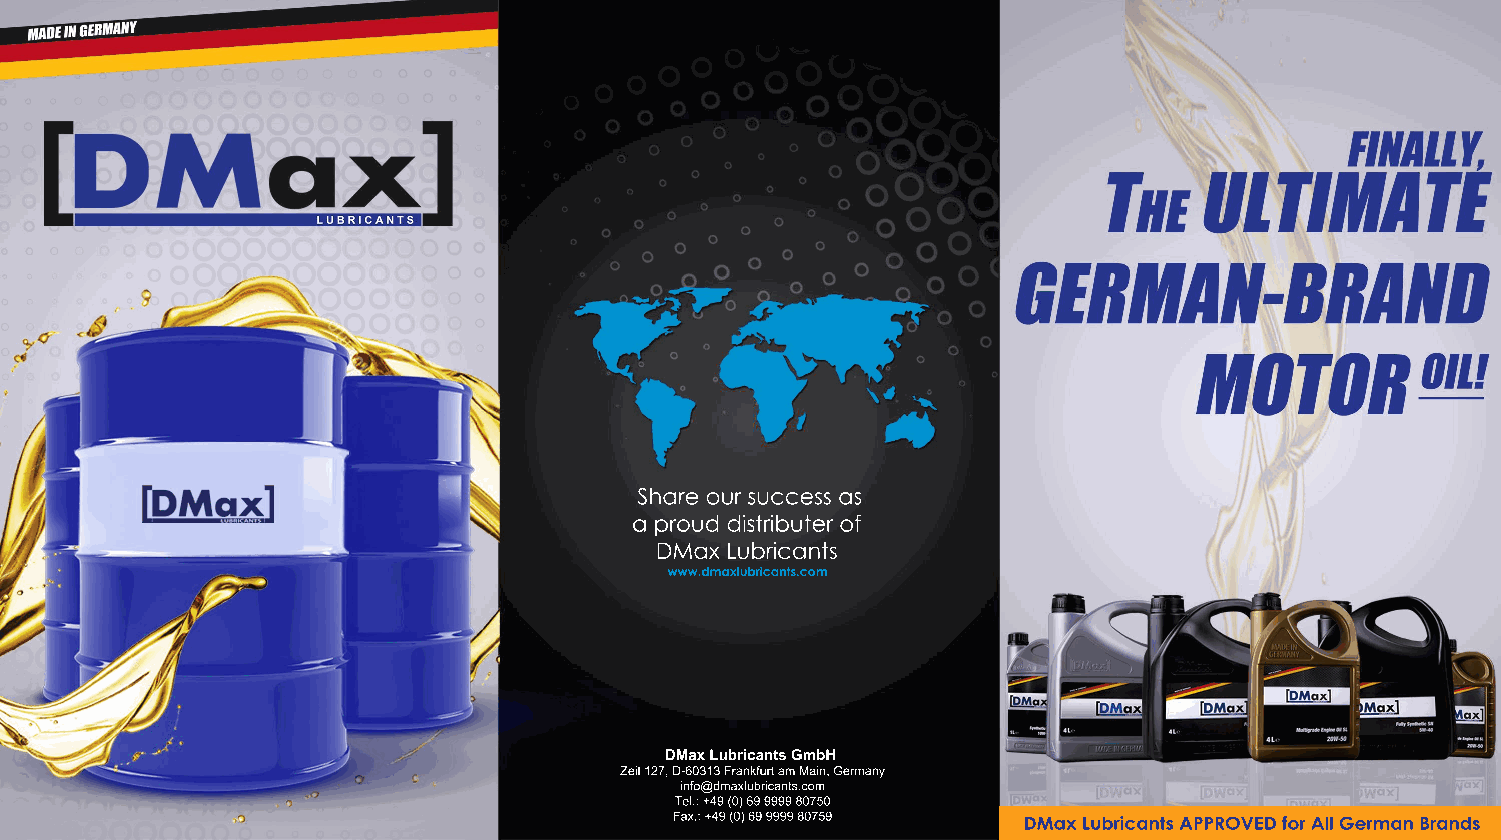
Share our success as
 a proud distributer of
 DMax Lubricants
 www.dmaxlubricants.com
 DMax Lubricants GmbH
 Zeil 127, D-60313 Frankfurt am Main, Germany
 info@dmaxlubricants.com
 Tel.: +49 (0) 69 9999 80750
 Fax.: +49 (0) 69 9999 80759 DMax Lubricants APPROVED for All German Brands